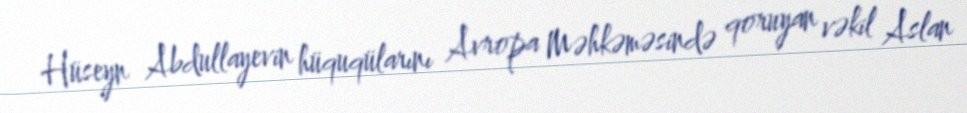
Hüseyn Abdullayevin hüquqülarını Avropa Məhkəməsində qoruyan vəkil Aslan